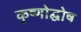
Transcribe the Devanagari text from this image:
कृष्णोद्घोष